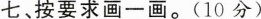
七、按要求画一画。(10分）